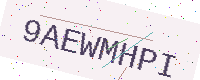
Text: 9AEWMHPI